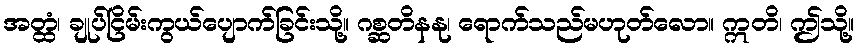
အတ္ထံ၊ ချုပ်ငြိမ်းကွယ်ပျောက်ခြင်းသို့။ ဂစ္ဆတိနနု၊ ရောက်သည်မဟုတ်လော။ ဣတိ၊ ဤသို့။